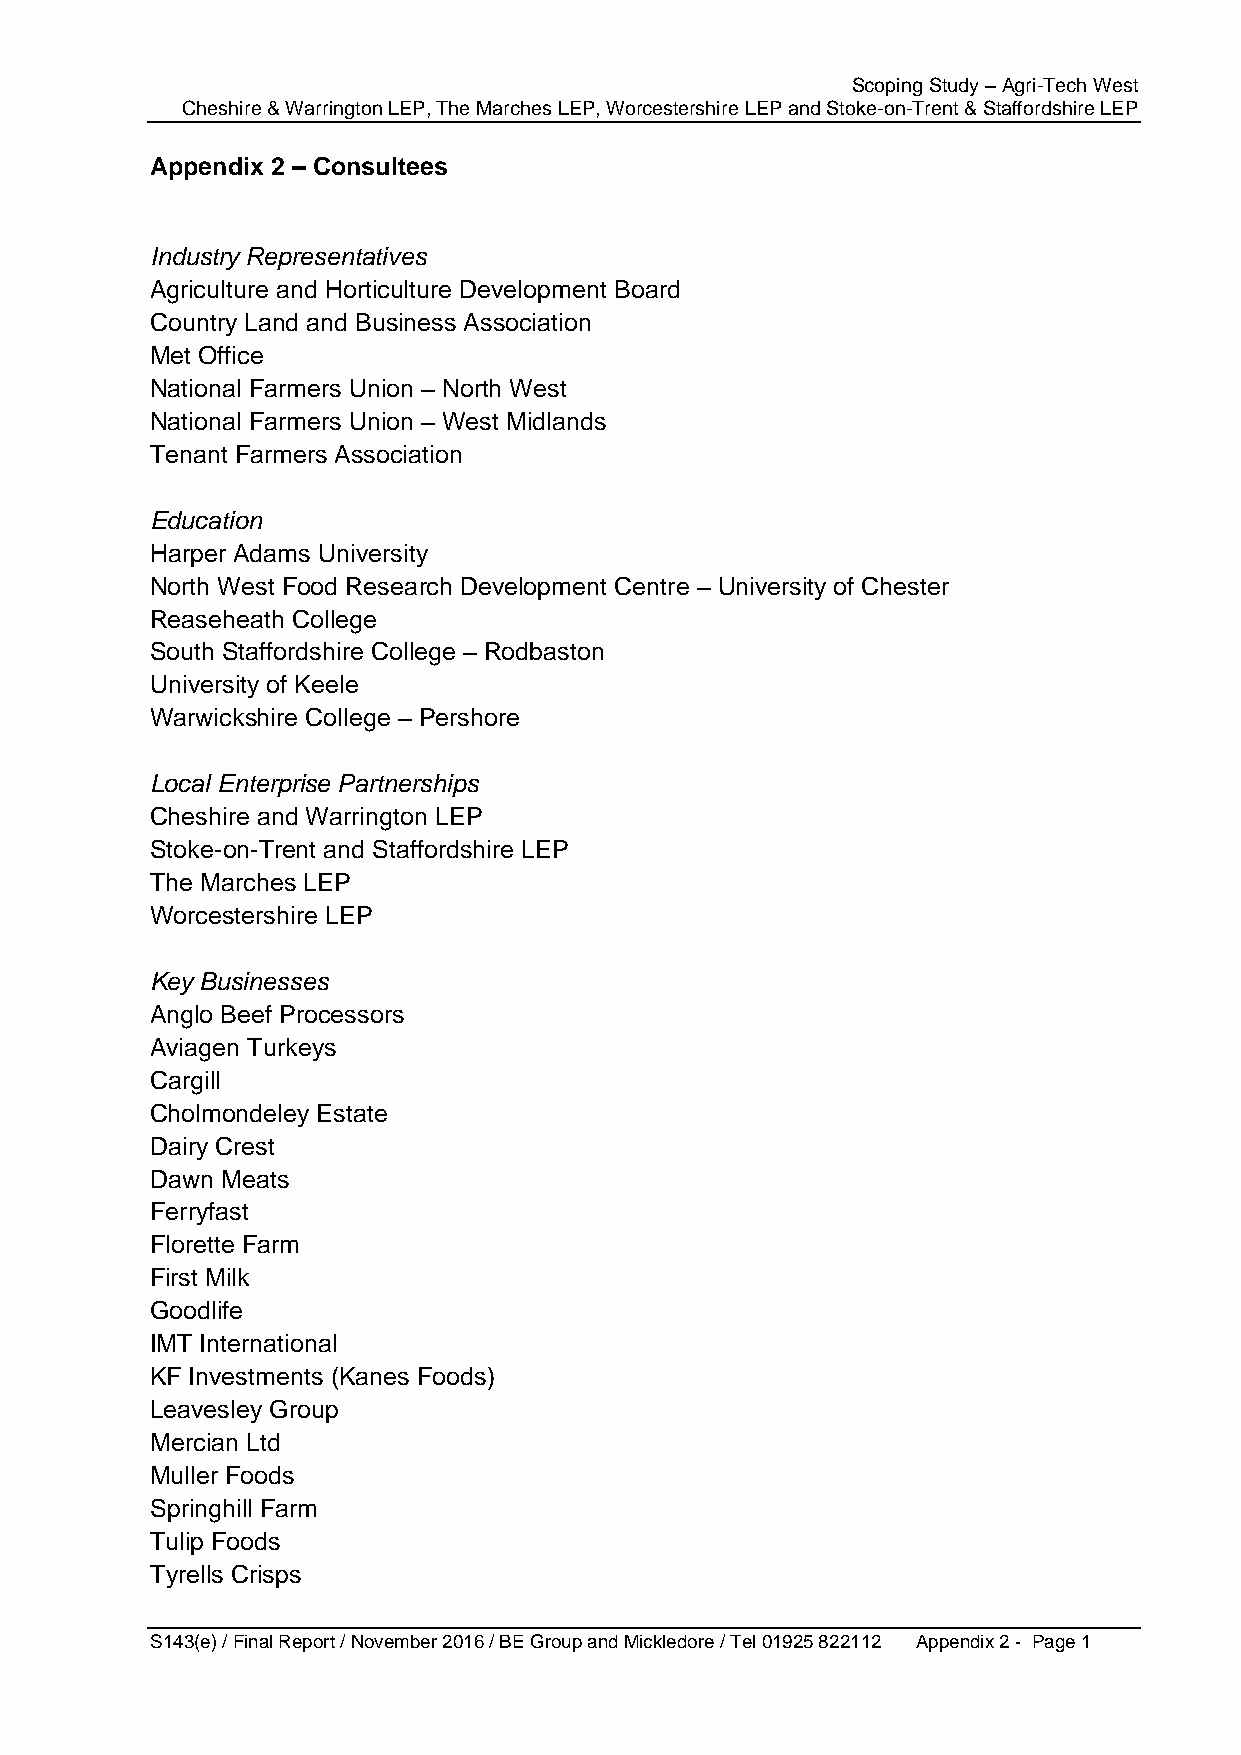
Scoping Study – Agri-Tech West
 Cheshire & Warrington LEP, The Marches LEP, Worcestershire LEP and Stoke-on-Trent & Staffordshire LEP
 Appendix 2 – Consultees
 Industry Representatives
 Agriculture and Horticulture Development Board
 Country Land and Business Association
 Met Office
 National Farmers Union – North West
 National Farmers Union – West Midlands
 Tenant Farmers Association
 Education
 Harper Adams University
 North West Food Research Development Centre – University of Chester
 Reaseheath College
 South Staffordshire College – Rodbaston
 University of Keele
 Warwickshire College – Pershore
 Local Enterprise Partnerships
 Cheshire and Warrington LEP
 Stoke-on-Trent and Staffordshire LEP
 The Marches LEP
 Worcestershire LEP
 Key Businesses
 Anglo Beef Processors
 Aviagen Turkeys
 Cargill
 Cholmondeley Estate
 Dairy Crest
 Dawn Meats
 Ferryfast
 Florette Farm
 First Milk
 Goodlife
 IMT International
 KF Investments (Kanes Foods)
 Leavesley Group
 Mercian Ltd
 Muller Foods
 Springhill Farm
 Tulip Foods
 Tyrells Crisps
 S143(e) / Final Report / November 2016 / BE Group and Mickledore / Tel 01925 822112 Appendix 2 - Page 1